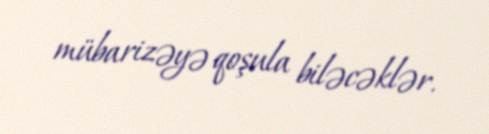
mübarizəyə qoşula biləcəklər.